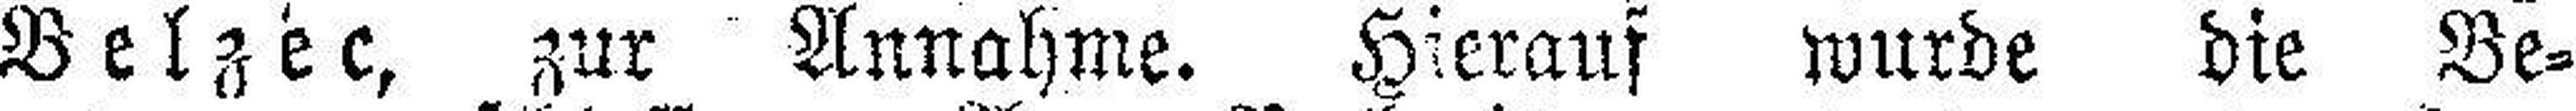
Belzec, zur Annahme. Hierauf wurde die Be¬